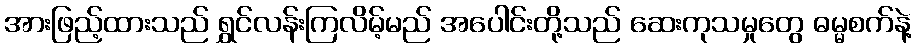
အားဖြည့်ထားသည် ရွှင်လန်းကြလိမ့်မည် အပေါင်းတို့သည် ဆေးကုသမှုတွေ ဓမ္မစက်နဲ့